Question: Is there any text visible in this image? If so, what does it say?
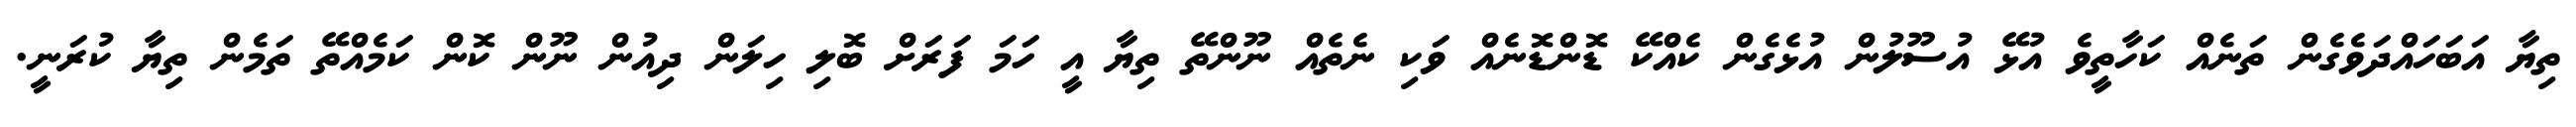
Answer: ތިޔާ އަބަހައްދަވެގެން ތަނެއް ކަހާތީވެ އުޅޭ އުސޫލުން އުޅެގެން ކެއްކޭ ޑޮންޑޮނެއް ވަކި ނެތެއް ނޫންތޭ ތިޔާ އީ ހަމަ ފަރަށް ބޮލި ހިލަން ދިއުން ނޫން ކޮން ކަމެއްތޭ ތަމެން ތިޔާ ކުރަނީ.